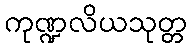
ကုဏ္ဍလိယသုတ္တ